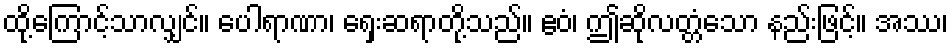
ထို့ကြောင့်သာလျှင်။ ပေါရာဏာ၊ ရှေးဆရာတို့သည်။ ဧဝံ၊ ဤဆိုလတ္တံသော နည်းဖြင့်။ အဿ၊